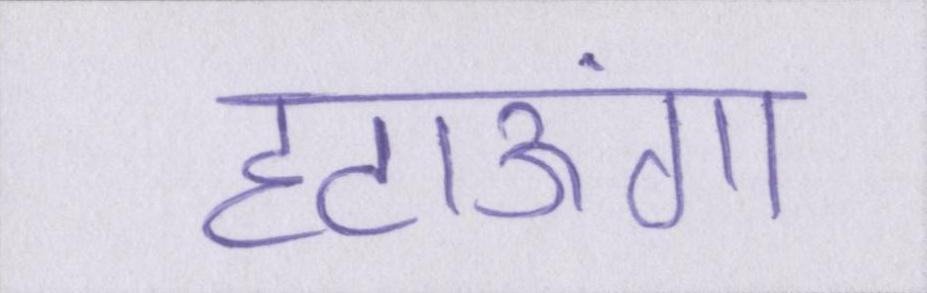
हटाऊंगा